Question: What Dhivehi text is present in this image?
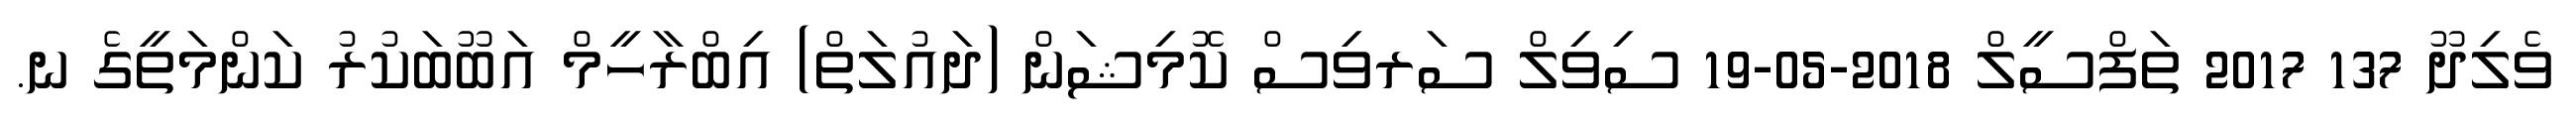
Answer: ވެލިދޫ 137 2017 ތަފްސީލް 2018-05-19 ސިވިލް ސަރވިސް ކޮމިޝަން (ދައުލަތް) އިބްރާހީމް އަބޫބަކުރު ކަންމަތީގެ ނ.